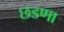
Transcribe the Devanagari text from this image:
छडणा